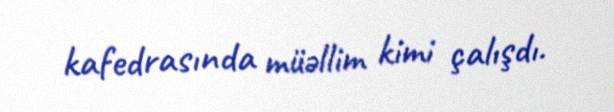
kafedrasında müəllim kimi çalışdı.